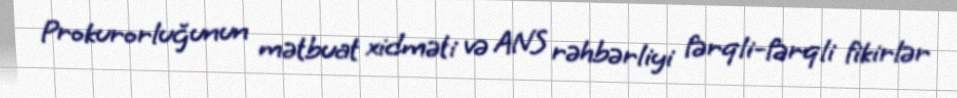
Prokurorluğunun mətbuat xidməti və ANS rəhbərliyi fərqli-fərqli fikirlər